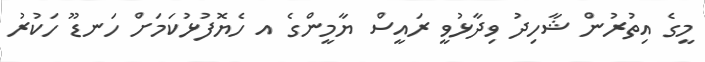
މީގެ އިތުރުން ޝާހިދު ވިދާޅުވީ ރައީސް ޔާމީންގެ އ ހެޔޮފުޅުކަމަށް ހަނޑޫ ހަކުރު